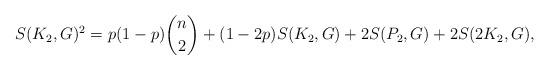
LaTeX: \begin{align*} S(K_2,G)^2 = p(1-p)\binom{n}{2} + (1-2p)S(K_2, G) + 2 S(P_2, G)+ 2S(2 K_2,G),\end{align*}